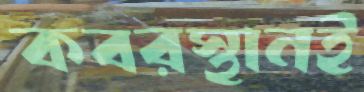
কবরস্থানই